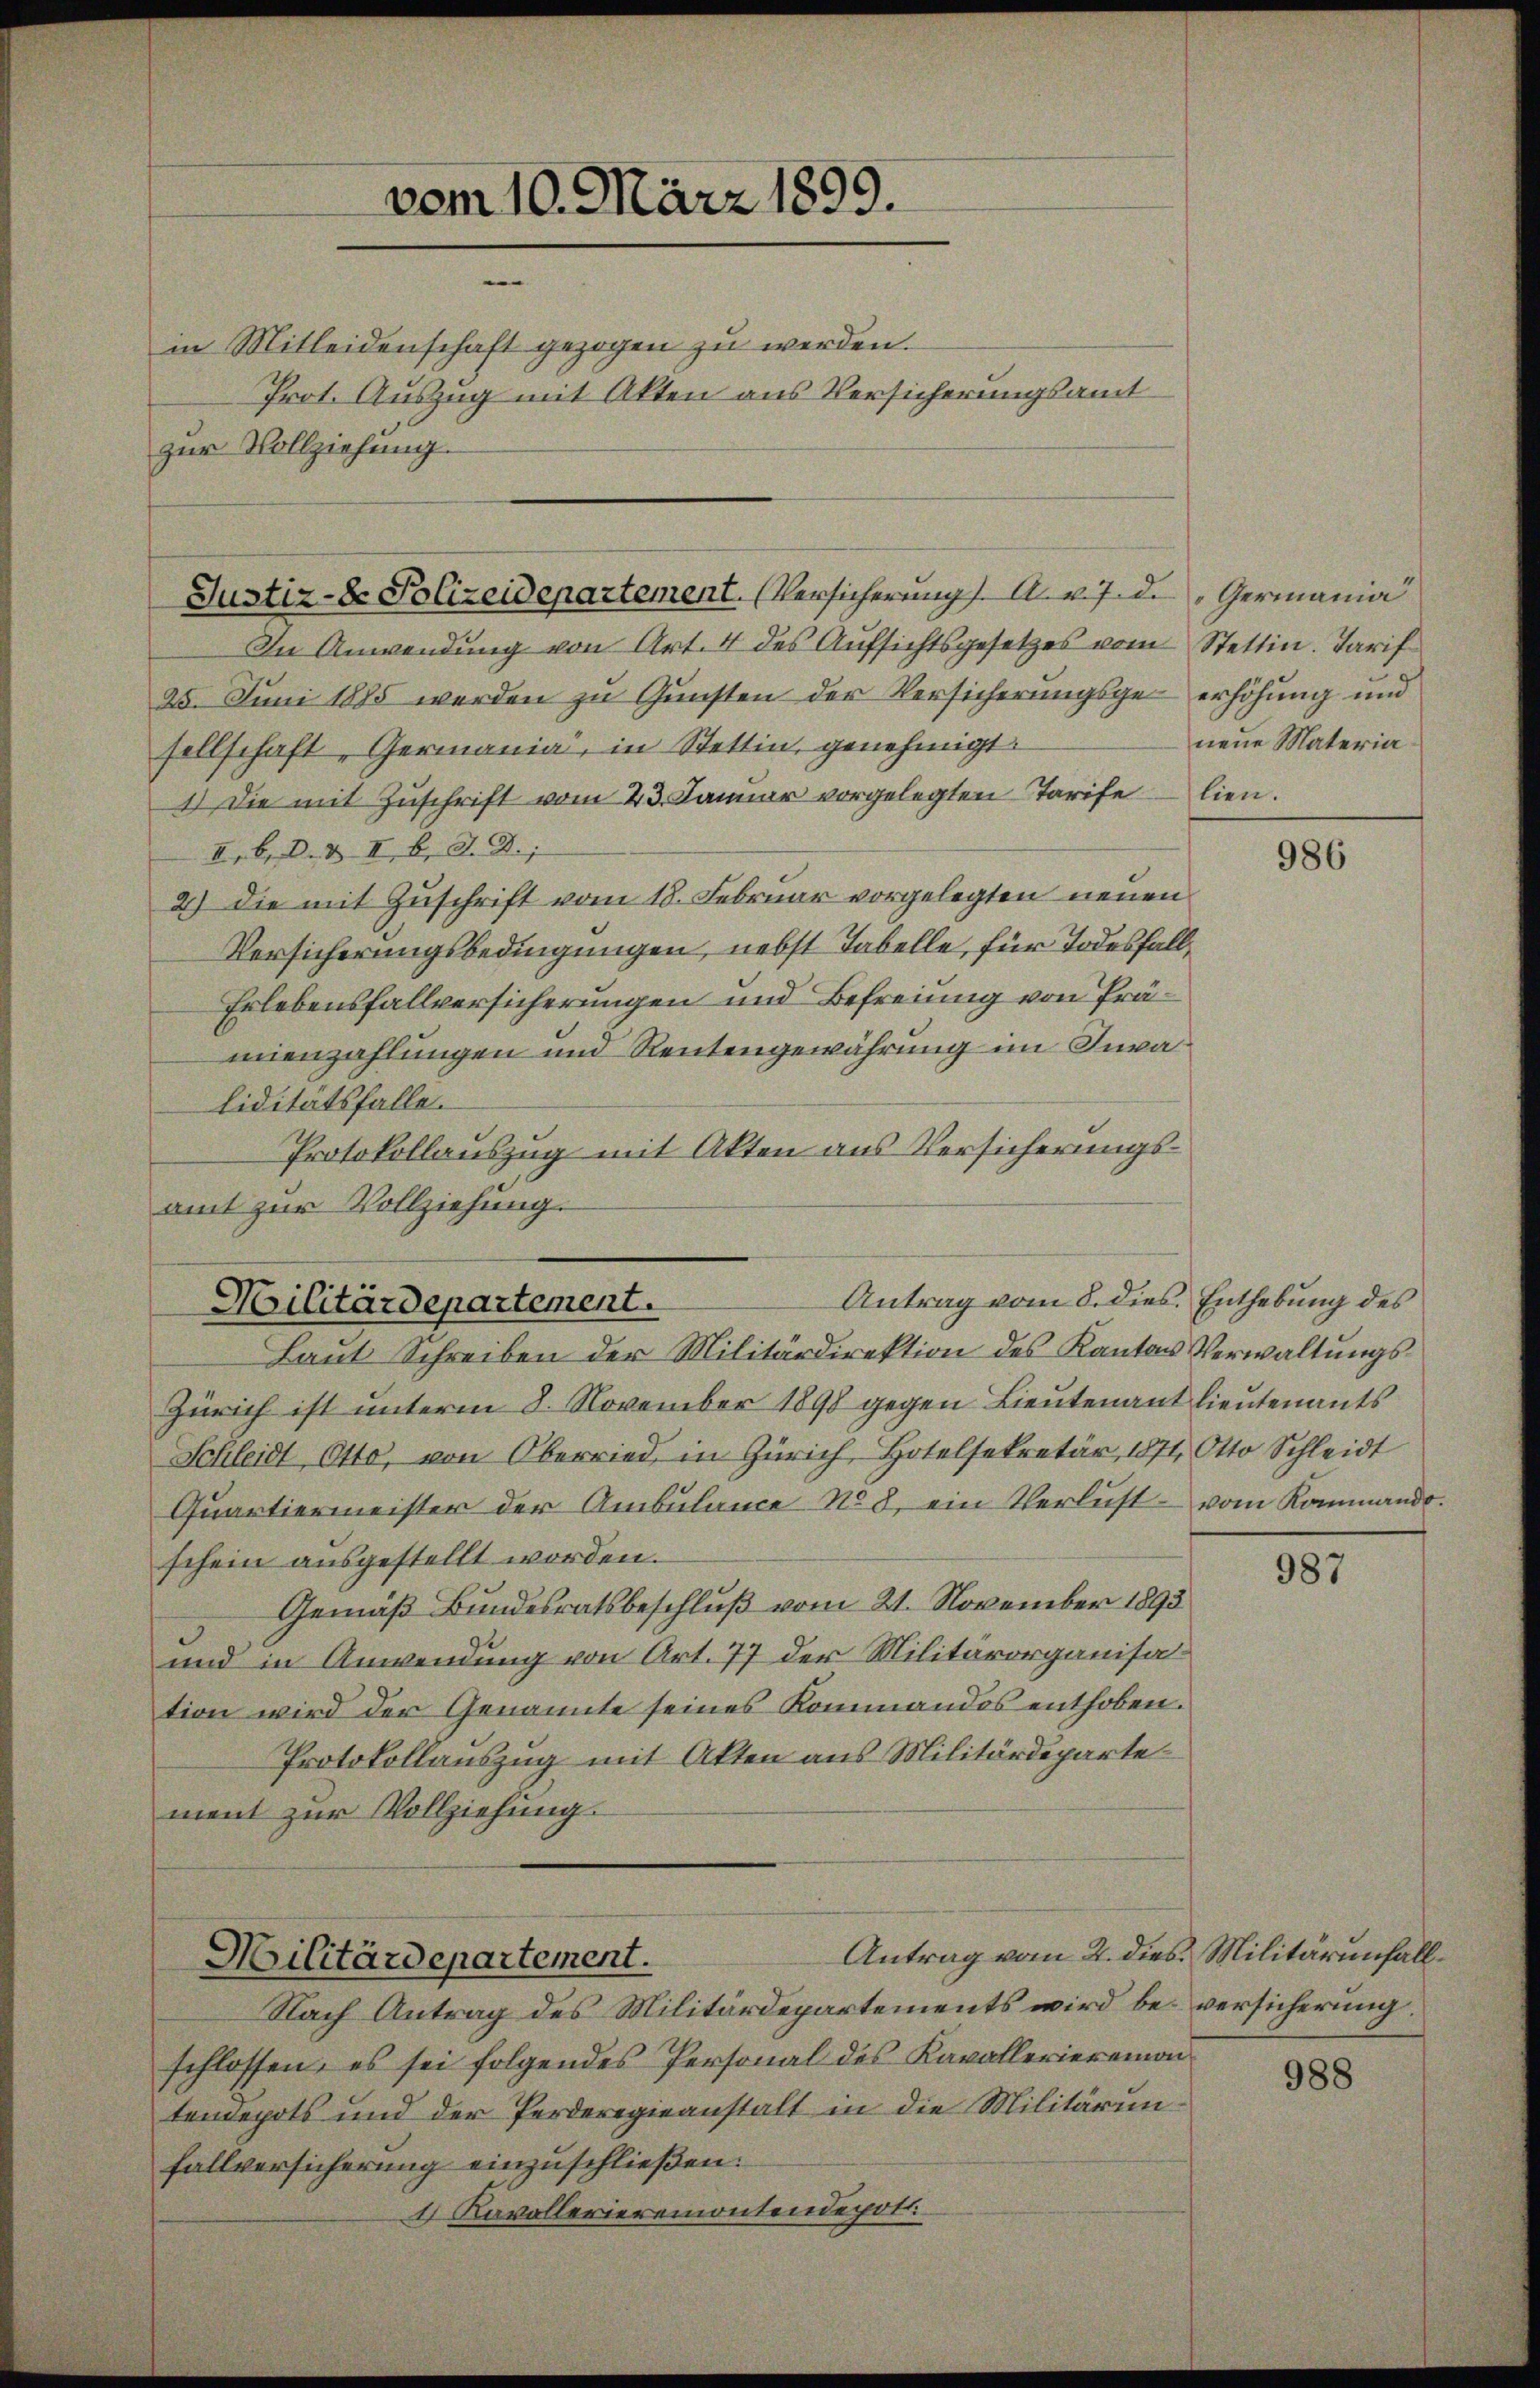
in Mitleidenschaft gezogen zu werden.
Prot. Auszug mit Akten aus Versicherungsamt
zur Vollziehung.

vom 10. März 1899.

Justiz- & Polizeidepartement. (Versicherung s. A. v. 7. d. Germania

In Anwendung von Art. 4 des Aufsichtsgesetzes vom Stettin. Tarif
25. Juni 1885 werden zu Gunsten der Versicherungsge- erhöhung und
sellschaft, Germania, in Stettin, genehmigt.
1.) Die mit Zŭschrift vom 23. Januar vorgelegten Tarife lien.
I. b. d. d. II b. d. D.
2) die mit Zuschrift vom 18. Februar vorgelegten neuen
Versicherungsbedingungen, nebst Tabelle, für Todesfall,
Erlebensfallversicherungen und Befreiung von Prämienzahlungen und Rentengewährung im Invaliditätsfalle.
Protokollauszug mit Akten aus Versicherungsamt zur Vollziehung.

Antrag vom 8. dies Enthebung des
Militärdepartement.
Laut Schreiben der Militärdirektion des Kantons Verwaltungs¬

Militärdepartement.

Antrag vom 2. dies. Militärinfall

Nach Antrag des Militärdepartements wird bei versicherung
schlossen, es sei folgendes Personal des Kavallerierenantendepots und der Perderegieanstalt in die Militärunfallversicherung einzuschließen:
4 Kavallerieremontendepot.

neue Materia

Zürich ist unterm 8. November 1898 gegen Lieutenant lieutenants
Schleidt Otto, von Oberried, in Zürich, Hotelsekretär, 1871, Otto Schleidt
Quartiermeister der Ambülance No 8. ein Verlust vom Kommando.
schein ausgestellt worden.
Gemäß Bundesratsbeschluß vom 21. November 1893
und in Anwendung von Art. 77 der Militärorganisation wird der Genannte seines Kommandos enthoben.
Protokollauszug mit Akten aus Militärdepartement zur Vollziehung.

986

987

988